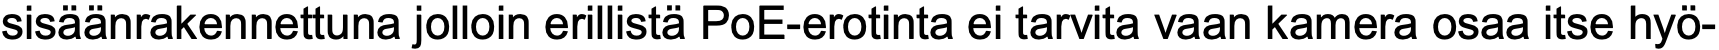
sisäänrakennettuna jolloin erillistä PoE-erotinta ei tarvita vaan kamera osaa itse hyö-